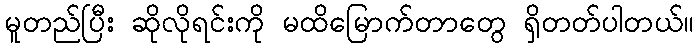
မူတည်ပြီး ဆိုလိုရင်းကို မထိမြောက်တာတွေ ရှိတတ်ပါတယ်။